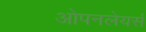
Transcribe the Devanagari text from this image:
ओपनलेयर्स